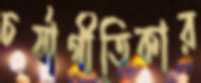
চর্যাগীতিকার